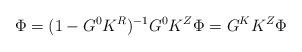
LaTeX: \begin{align*}\Phi=(1-G^0K^R)^{-1}G^0K^Z\Phi=G^KK^Z\Phi\end{align*}